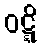
ဝဋ္ဋိ